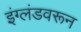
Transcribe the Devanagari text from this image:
इंग्लंडवरून